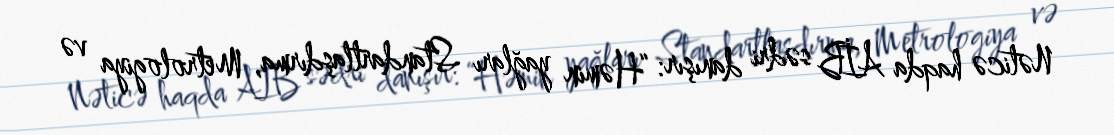
Nəticə haqda AİB sədri danışır: “Həmin yağları Standartlaşdırma, Metrologiya və